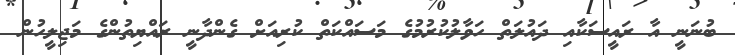
ބުނަނީ އާ ރައީސަކާއި ދައުލަތް ހަވާލުކުރުމުގެ މަސައްކަތް ކުރިއަށް ގެންދާނީ ރައްޔިތުންގެ މަޖިލީހުން